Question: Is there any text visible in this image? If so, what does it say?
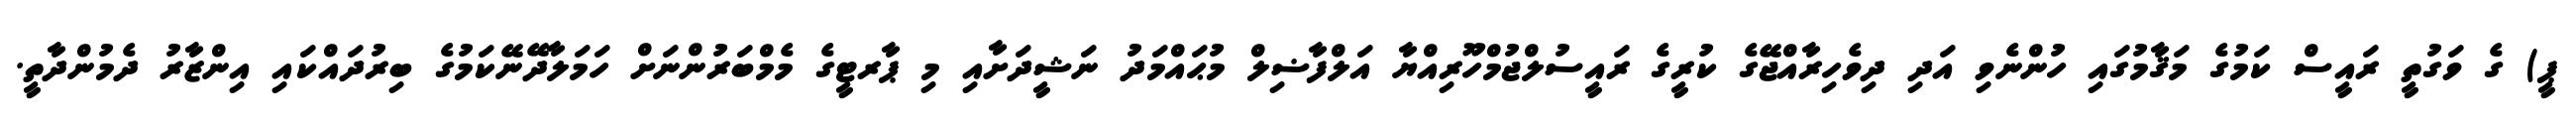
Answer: ޕީ) ގެ ވަގުތީ ރައީސް ކަމުގެ މަޤާމުގައި ހުންނެވި އަދި ދިވެހިރާއްޖޭގެ ކުރީގެ ރައީސުލްޖުމްހޫރިއްޔާ އަލްފާޟިލް މުޙައްމަދު ނަޝީދަށާއި މި ޕާރޓީގެ މެމްބަރުންނަށް ހަމަލާދޭނޭކަމުގެ ބިރުދައްކައި އިންޒާރު ދެމުންދާތީ.